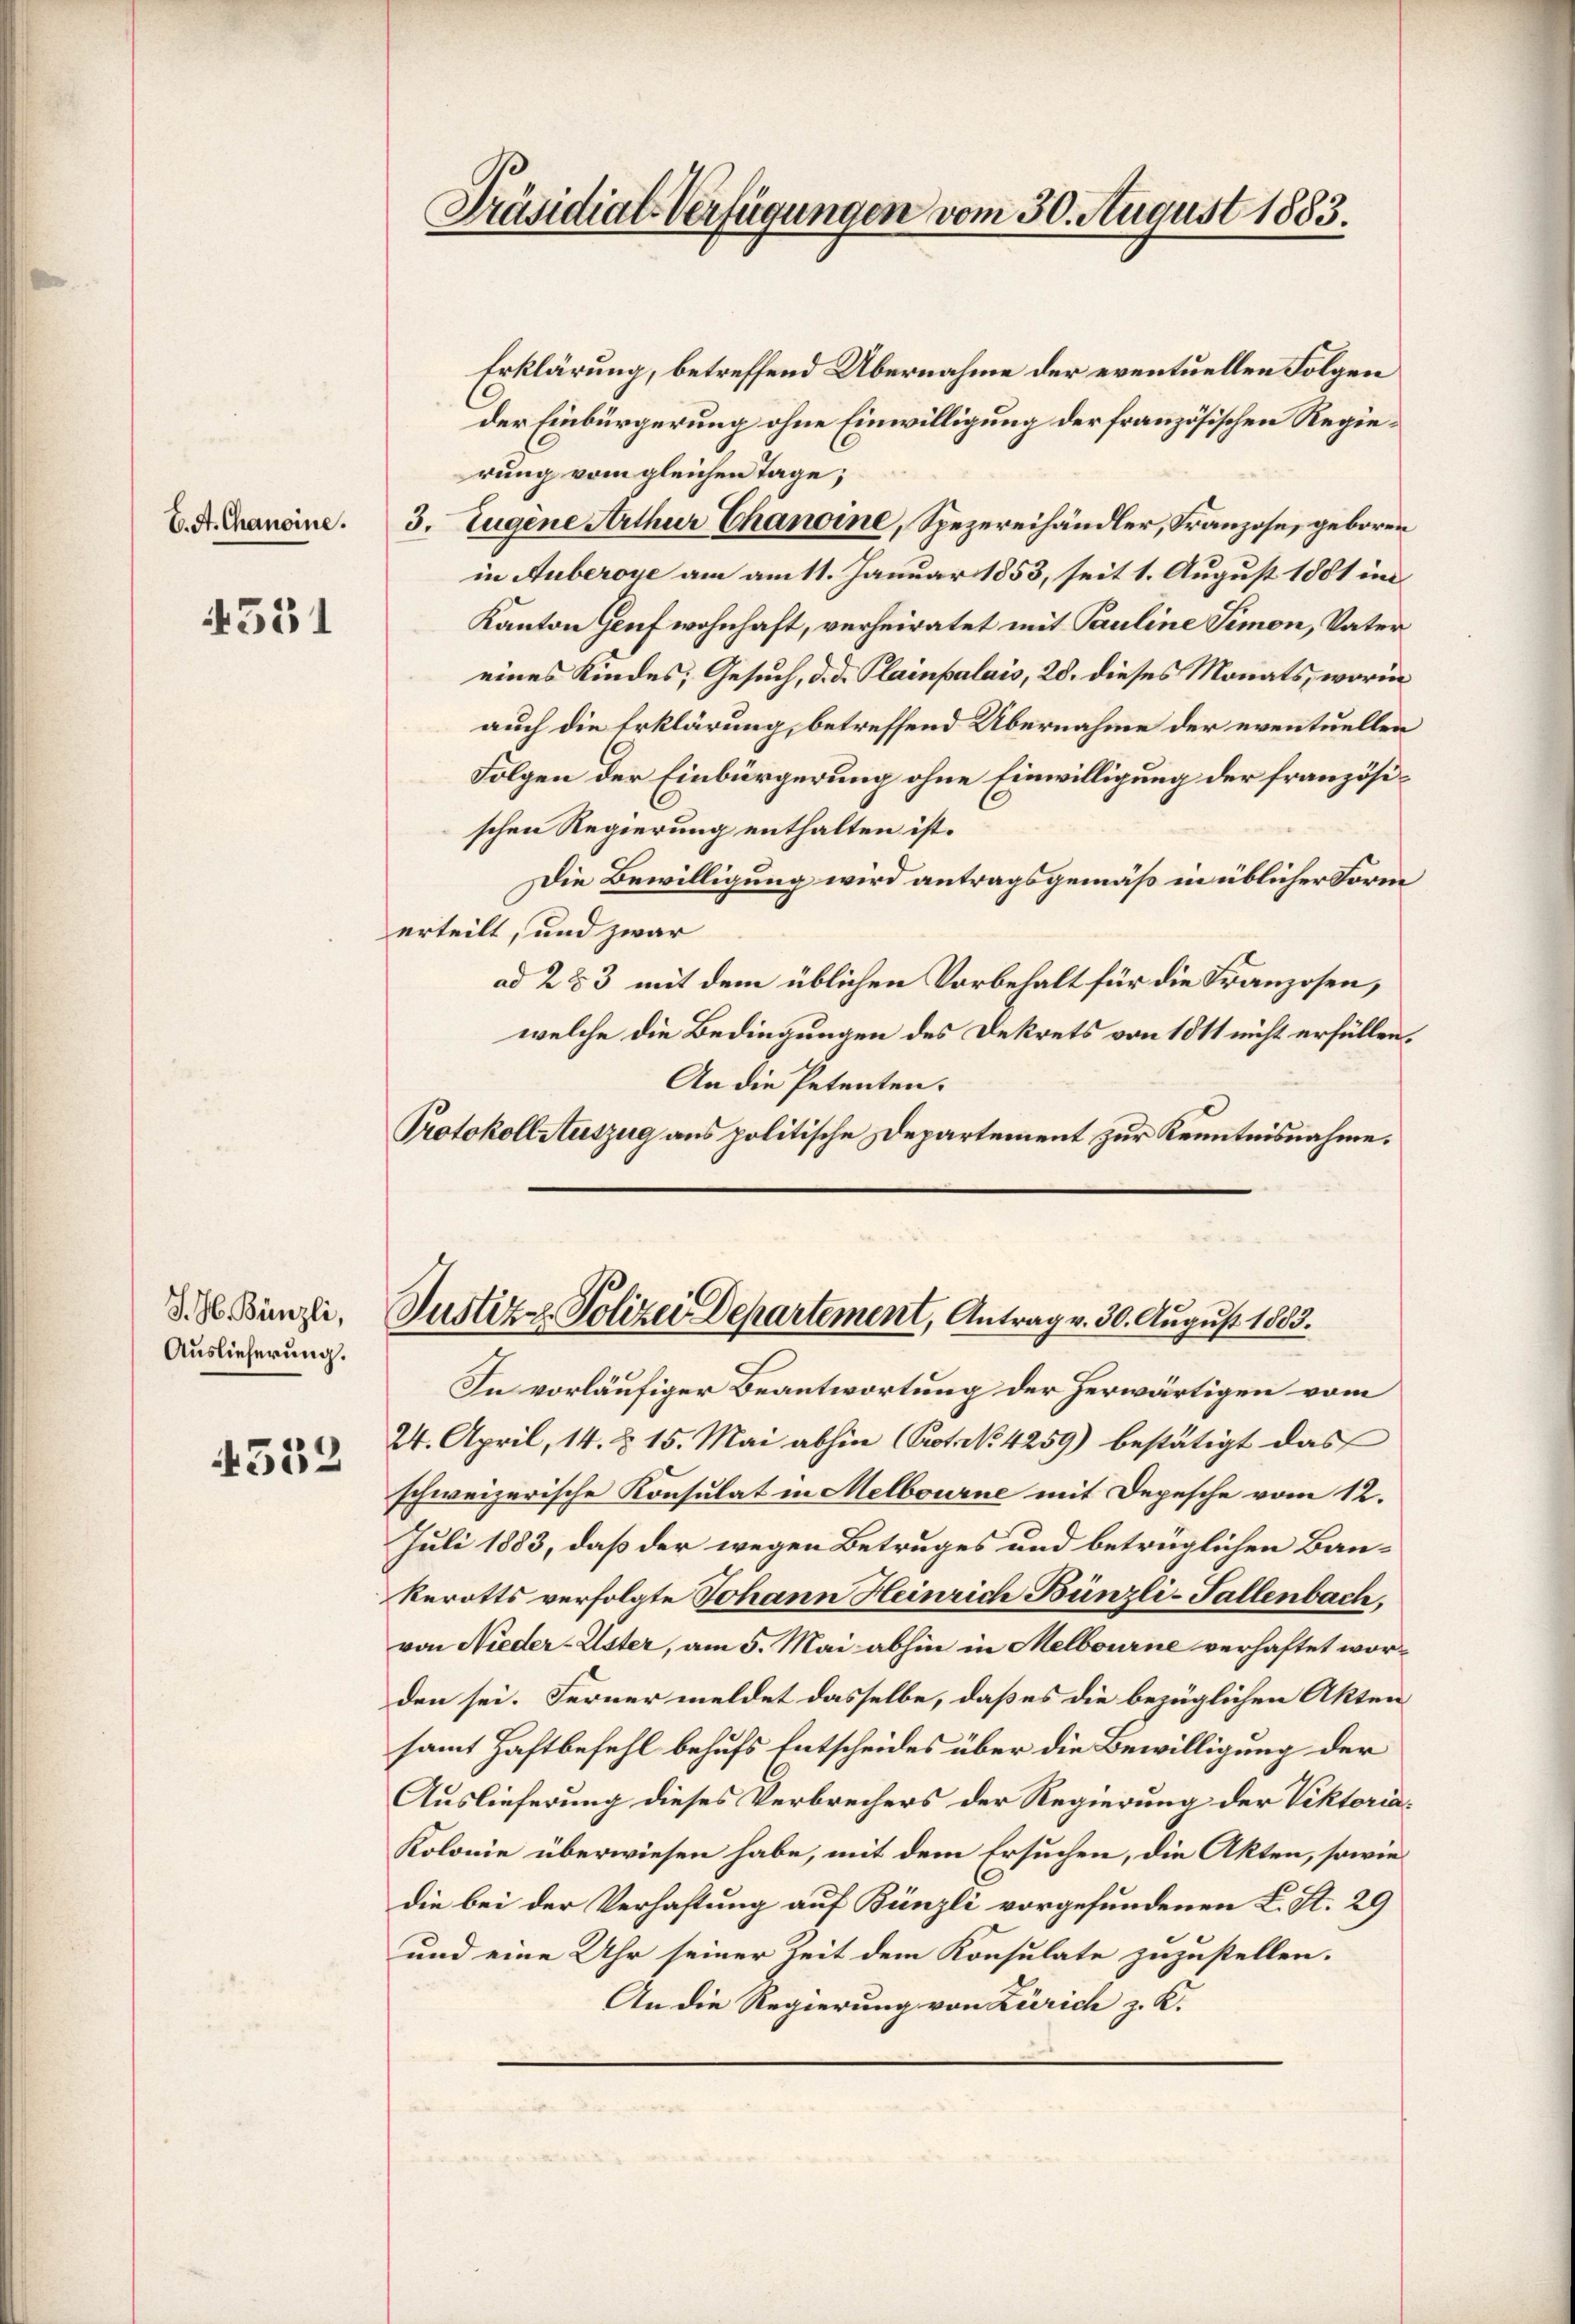
E. A. Chanoine.

4551

J. H. Bünzli,
Auslieferung.

4532

Präsidiat Verfügungen vom 30. August 1883.

Erklärung, betreffend Übernahme der eventuellen Folgen
der Einbürgerung ohne Einwilligung der französischen Regierung vom gleichen Tage;
3. Eugene Arthur Chanoine, Spezereihändler, Franzose, geboren
in Auberoye am am 11. Januar 1853, seit 1. August 1881 im
Kanton Genf wohnhaft, verheiratet mit Pauline Simon, Vater
eines Kindes, Gesuch, d. d. Plainpalais, 28. dieses Monats, worin
auch die Erklärung, betreffend Übernahme der eventuellen
Folgen der Einbürgerung ohne Einwilligung der französischen Regierung enthalten ist.
Die Bewilligung wird antragsgemäß in üblicher Form
erteilt, und zwar
ad 2 & 3 mit dem üblichen Vorbehalt für die Franzosen,
welche die Bedingungen des Dekrets von 1811 nicht erfüllen,
An die Petenten.
Protokoll Auszug aus politische Departement zur Kenntnisnahme.

Justiz & Polizei Departement, Antrag v. 30. August 1883.

In vorläufiger Beantwortung der herwärtigen vom
24. April, 14. §. 15. Mai abhin (Prot. No 4259) bestätigt das
schweizerische Konsulat in Melbourne mit Depesche vom 12.
Juli 1883, daß der wegen Betruges und betrüglichen Bau¬
Rerotts verfolgte Johann Heinrich Bünzli-Tallenbach.
von Nieder-Uster, am 5. Mai abhin in Melbourne verhaftet worden sei. Ferner meldet dasselbe, daß es die bezüglichen Akten
samt Haftbefehl behufs Entscheides über die Bewilligung der
Auslieferung dieses Verbrechers der Regierung der Viktoria¬
Kolonie überwiesen habe, mit dem Ersuchen, die Akten, sowie
die bei der Verhaftung auf Bünzli vorgefundenen L. St. 29
und eine Uhr seiner Zeit dem Konsulate zuzustellen.
An die Regierung von Zürich z. K.